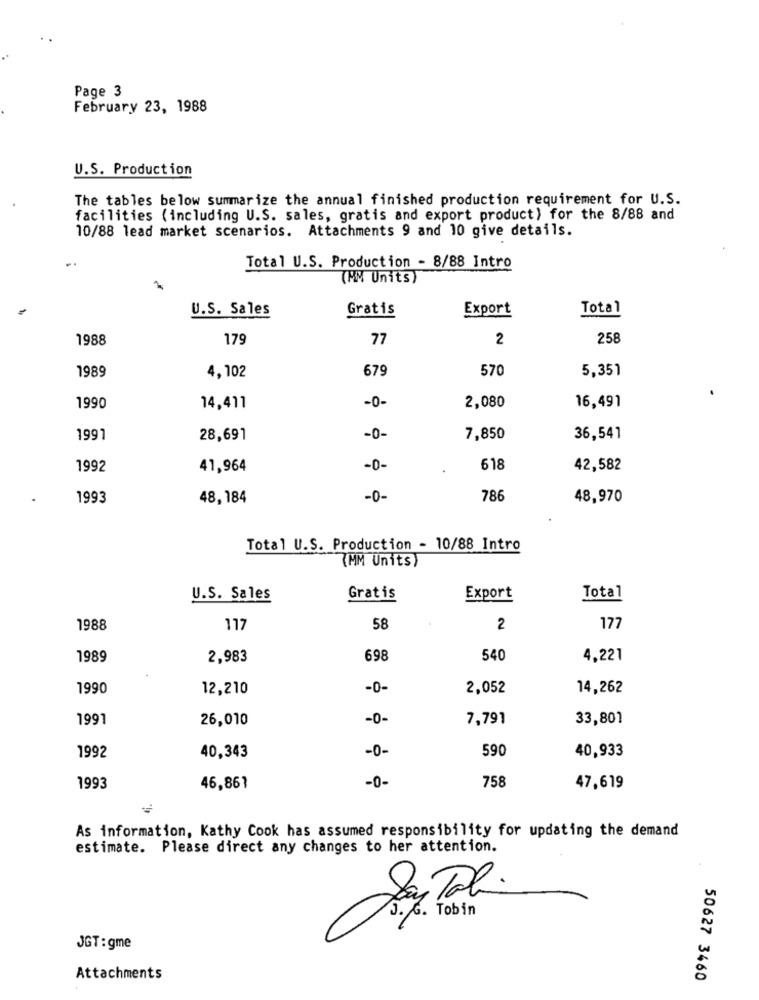
Page 3
February 23, 1988
U.S. Production
The tables below summarize the annual finished production requirement for U.S.
facilities (including U.S. sales, gratis and export product) for the 8/88 and
10/88 lead market scenarios. Attachments 9 and 10 give details.
Total U.S. Production - 8/88 Intro
(MM Units)
U.S. Sales
Gratis
Export
Total
1988
179
77
2
258
1989
4,102
570
5,351
679
1990
14,411
-0-
2,080
16,491
1991
28,691
-0-
7,850
36,541
1992
41,964
-0-
618
42,582
1993
48,184
-0-
786
48,970
Total U.S. Production - 10/88 Intro
(MM Units)
U.S. Sales
Gratis
Export
Total
1988
117
58
2
177
1989
2,983
698
540
4,221
1990
12,210
-0-
2,052
14,262
1991
26,010
-0-
7,791
33,801
-0-
590
40,933
1992
40,343
-0-
758
1993
46,861
47,619
As information, Kathy Cook has assumed responsibility for updating the demand
estimate. Please direct any changes to her attention.
Las Tal.
J. G. Tobin
JGT : gme
Attachments
50627 3460